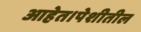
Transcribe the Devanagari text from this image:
आहेत।पेशीतील